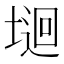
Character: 𡏁